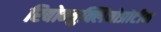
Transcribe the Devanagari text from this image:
रिबोन्युक्लियोप्रोटीन